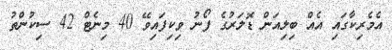
އެމެރިކާގައި އެއް ބިލިއަން ޑޮލަރުގެ ފޯނު ވިކިފައިވޭ 40 މިނެޓް 42 ސިކުންތު